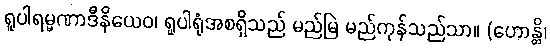
ရူပါရမ္မဏာဒီနိယေဝ၊ ရူပါရုံအစရှိသည် မည်မြဲ မည်ကုန်သည်သာ။ (ဟောန္တိ၊